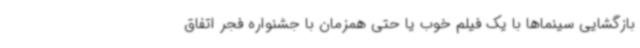
بازگشایی سینماها با یک فیلم خوب یا حتی همزمان با جشنواره فجر اتفاق